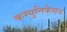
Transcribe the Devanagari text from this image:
कम्युनिकेसन